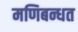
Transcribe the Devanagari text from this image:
मणिबन्धत